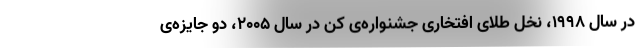
در سال ۱۹۹۸،‌ نخل طلای افتخاری جشنواره‌ی کن در سال ۲۰۰۵، دو جایزه‌ی